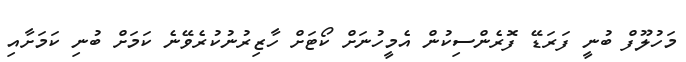
މަހުލޫފް ބުނީ ފަރަޑޭ ފޮރެންސިކުން އެމީހުނަށް ކޯޓަށް ހާޒިރުނުކުރެވޭނެ ކަމަށް ބުނި ކަމަަށާއި